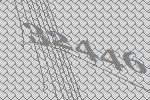
32446